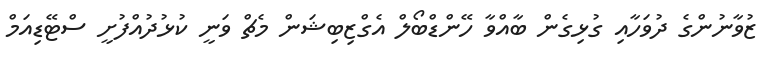
ޒުވާނުންގެ ދުވަހާއި ގުޅިގެން ބާއްވާ ހޭންޑްބޯލް އެގްޒިބިޝަން މެޗް ވަނީ ކުޅުދުއްފުށީ ސްޓޭޑިއަމް